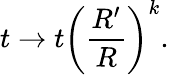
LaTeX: t\rightarrow t\left(\frac{R^{\prime}}{R}\right)^{k}.